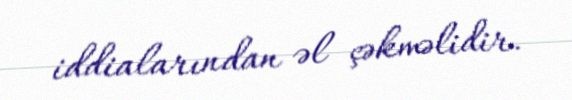
iddialarından əl çəkməlidir.